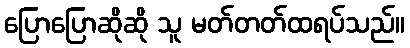
ပြောပြောဆိုဆို သူ မတ်တတ်ထရပ်သည်။